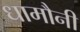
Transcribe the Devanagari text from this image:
धामौनी